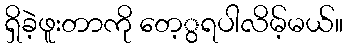
ရှိခဲ့ဖူးတာကို တေ့ွရပါလိမ့်မယ်။